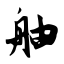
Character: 舳